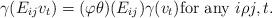
LaTeX: \begin{align*} \gamma(E_{ij} v_t)= (\varphi \theta)(E_{ij}) \gamma(v_t) \text{for any }i \rho j, t. \end{align*}